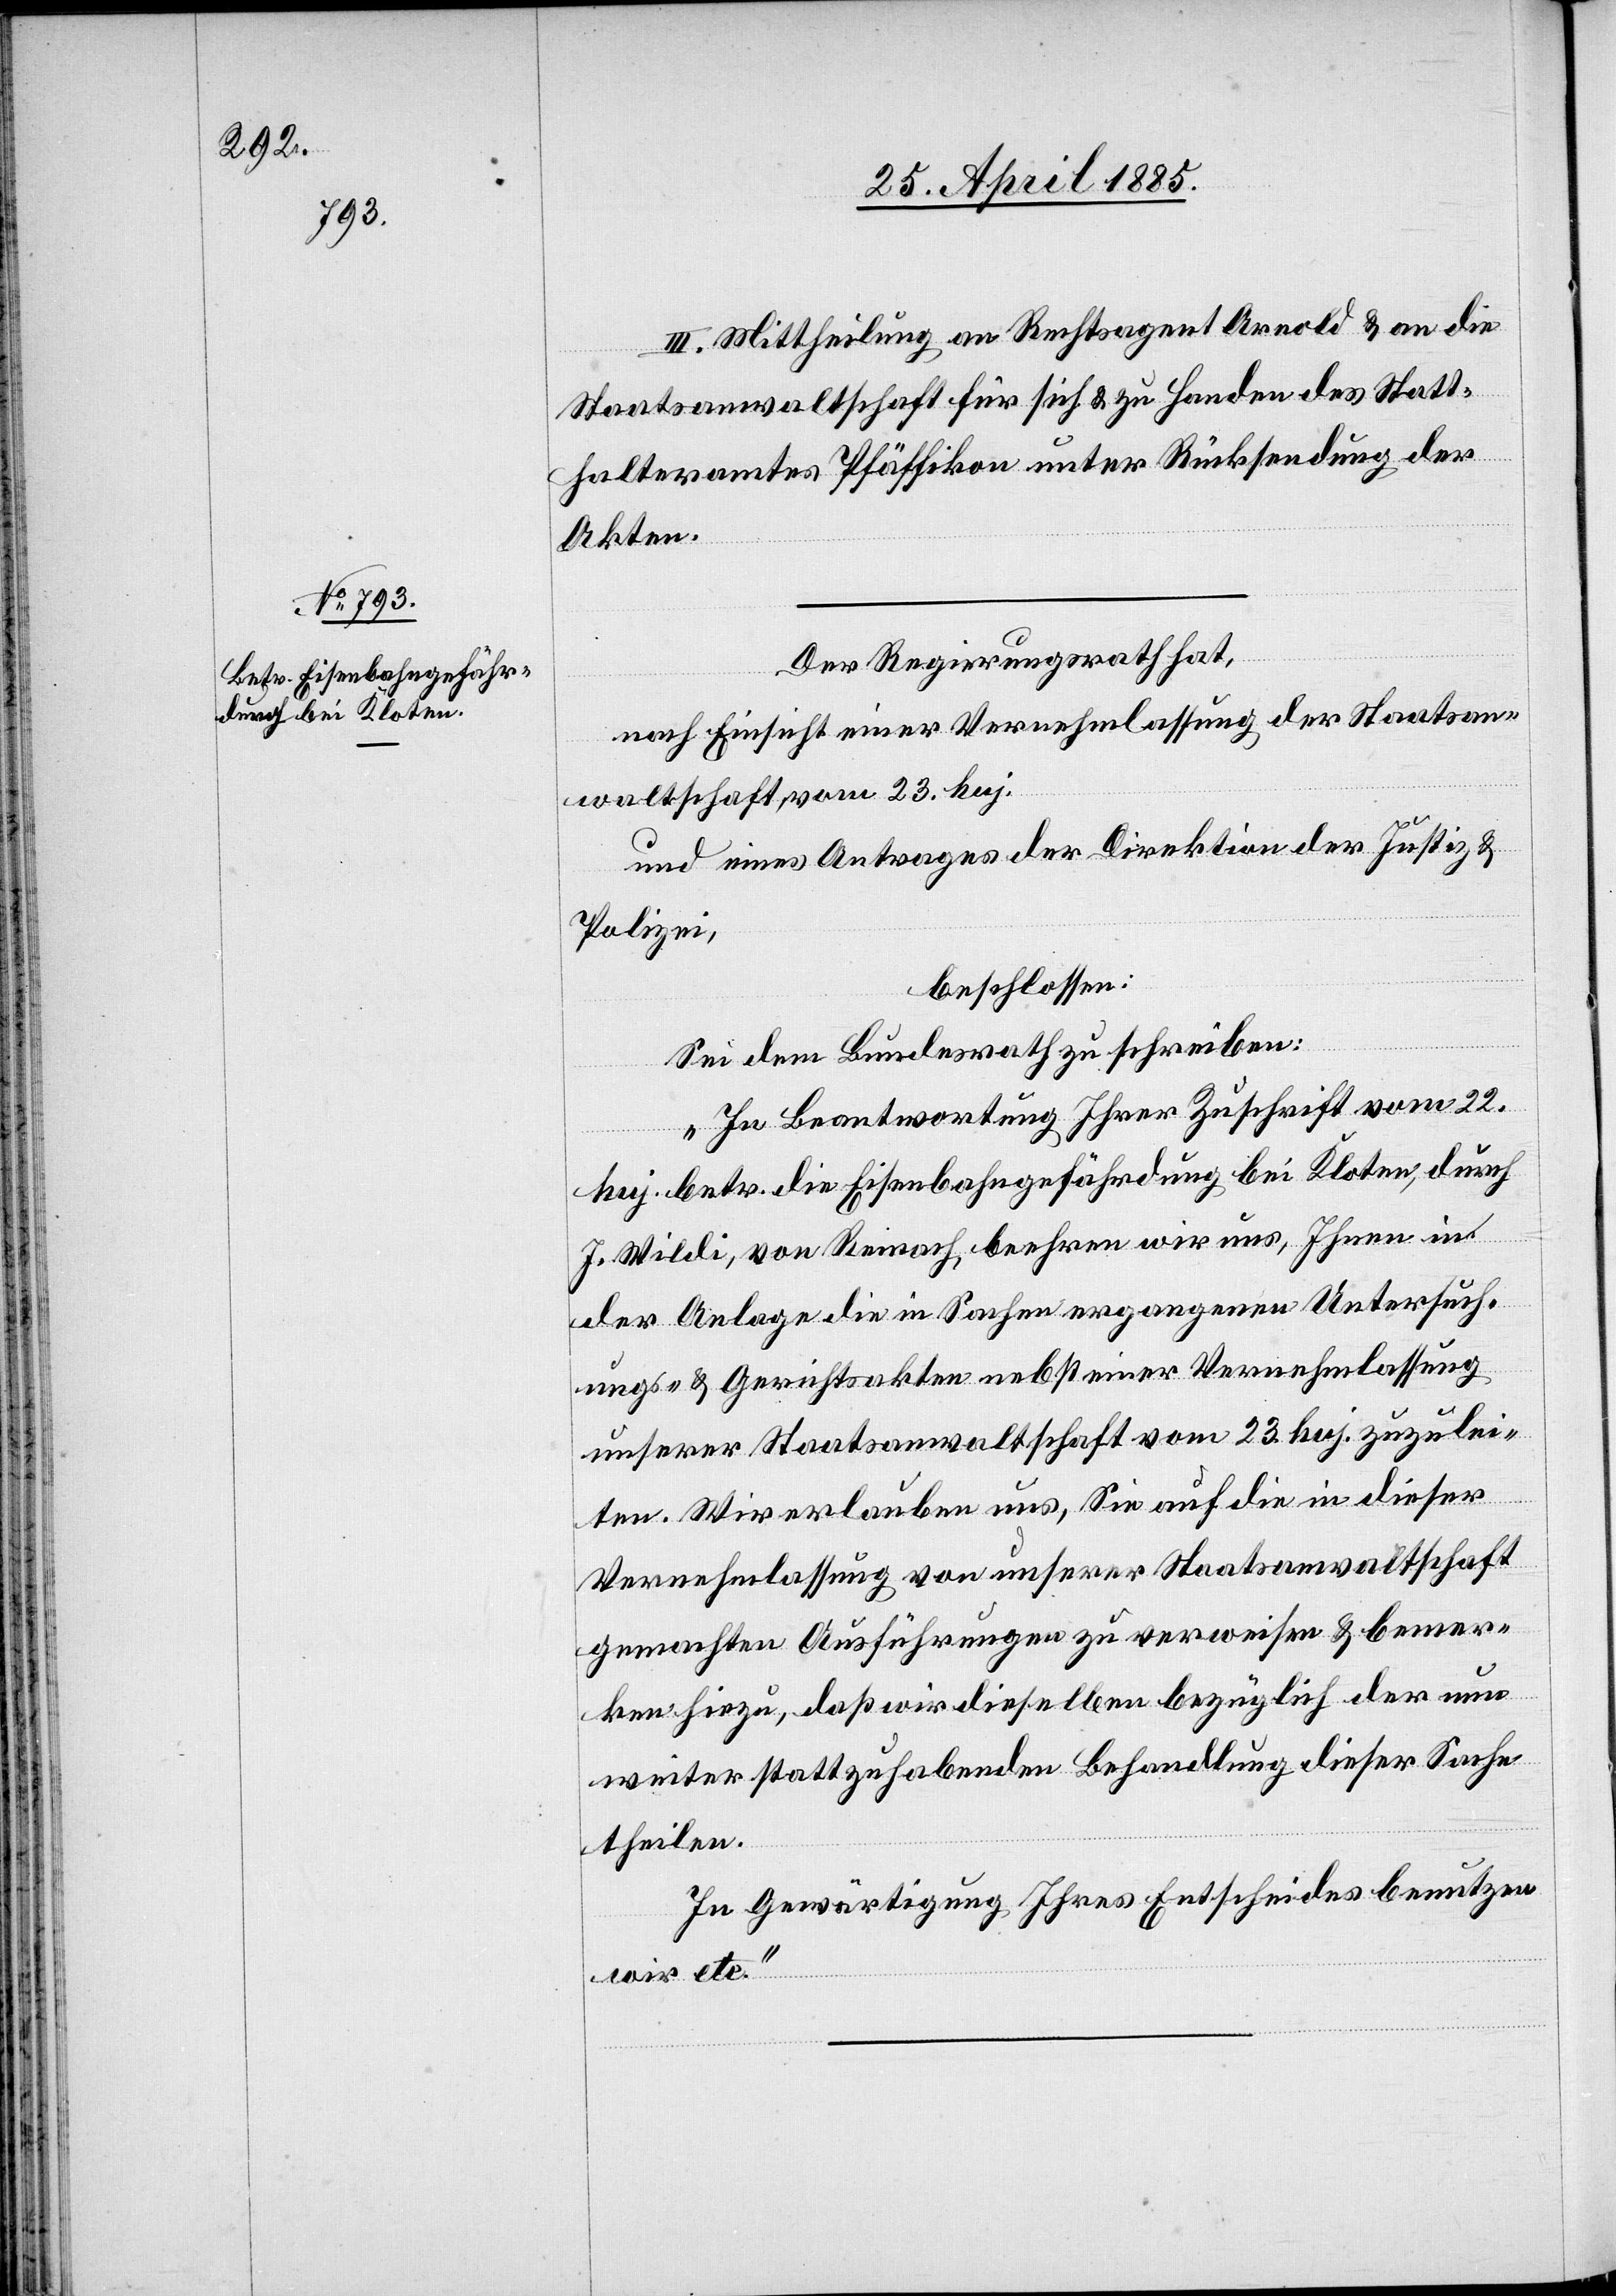
III. Mittheilung an Rechtsagent Arnold & an die
Staatsanwaltschaft für sich & zu Handen des Statt¬
halteramtes Pfäffikon unter Rücksendung der
Akten.
Der Regierungsrath hat,
nach Einsicht einer Vernehmlassung der Staatsan¬
waltschaft, vom 23. huj.
und eines Antrages der Direktion der Justiz &
Polizei,
beschlossen:
Sei dem Bundesrath zu schreiben:
„In Beantwortung Ihrer Zuschrift vom 22.
huj. betr. die Eisenbahngefährdung bei Kloten, durch
J. Wildi, von Reinach, beehren wir uns, Ihnen in
der Anlage die in Sachen ergangenen Untersuch¬
ungs- & Gerichtsakten nebst einer Vernehmlassung
unserer Staatsanwaltschaft vom 23. huj. zuzulei¬
ten. Wir erlauben uns, Sie auf die in dieser
Vernehmlassung von unserer Staatsanwaltschaft
gemachten Ausführungen zu verweisen & bemer¬
ken hiezu, daß wir dieselben bezüglich der nun
weiter stattzuhabenden Behandlung dieser Sache
theilen.
In Gewärtigung Ihres Entscheides benutzen
wir etc.“